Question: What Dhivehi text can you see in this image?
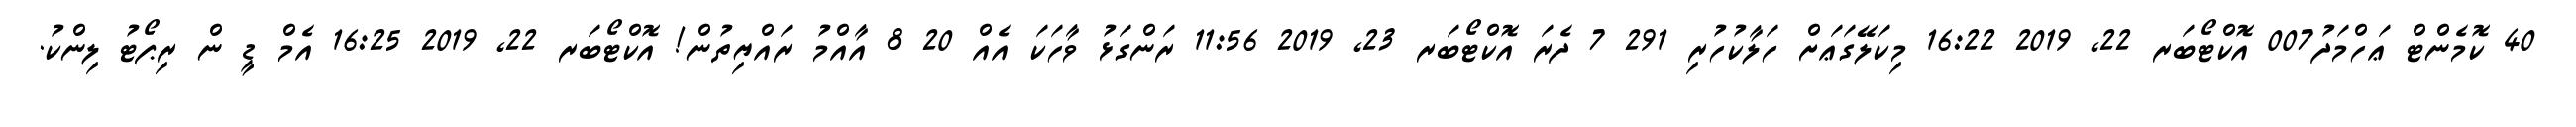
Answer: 40 ކޮމެންޓް ޢަހްމަދު007 އޮކްޓޯބަރ 22, 2019 16:22 މިކަލޭގަޢަށް ހަލާކުހުރި 291 7 ދެރަ އޮކްޓޯބަރ 23, 2019 11:56 ރަންގަޅު ވާހަކަ އެއް 20 8 އާއްމު ރައްޔިތުން! އޮކްޓޯބަރ 22, 2019 16:25 އެމް ޑީ ން ރިޕޯޓު ލިންކު.